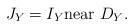
LaTeX: \begin{align*}J_Y=I_Y \hbox{near } D_Y.\end{align*}